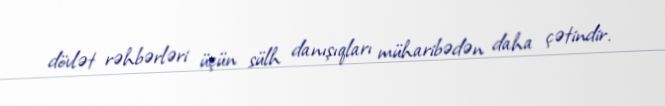
dövlət rəhbərləri üçün sülh danışıqları müharibədən daha çətindir.